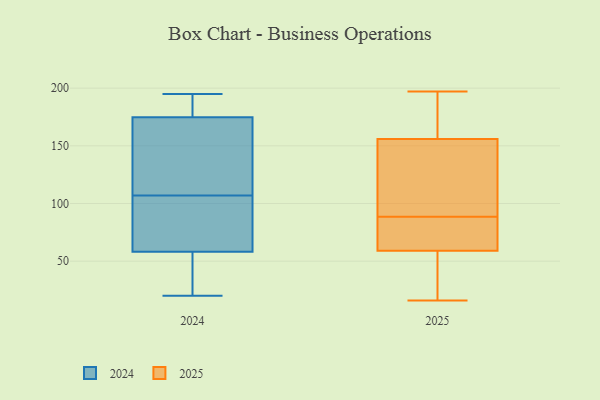
{"axis": {"x": "Temperature (°C)", "y": "Value"}, "legend": ["2024", "2025"], "data": [{"x": "", "y": 65, "type": "2025"}, {"x": "", "y": 197, "type": "2025"}, {"x": "", "y": 177, "type": "2025"}, {"x": "", "y": 77, "type": "2025"}, {"x": "", "y": 30, "type": "2025"}, {"x": "", "y": 86, "type": "2025"}, {"x": "", "y": 139, "type": "2025"}, {"x": "", "y": 59, "type": "2025"}, {"x": "", "y": 45, "type": "2025"}, {"x": "", "y": 159, "type": "2025"}, {"x": "", "y": 91, "type": "2025"}, {"x": "", "y": 123, "type": "2025"}, {"x": "", "y": 16, "type": "2025"}, {"x": "", "y": 156, "type": "2025"}, {"x": "", "y": 175, "type": "2024"}, {"x": "", "y": 62, "type": "2024"}, {"x": "", "y": 193, "type": "2024"}, {"x": "", "y": 92, "type": "2024"}, {"x": "", "y": 95, "type": "2024"}, {"x": "", "y": 195, "type": "2024"}, {"x": "", "y": 20, "type": "2024"}, {"x": "", "y": 54, "type": "2024"}, {"x": "", "y": 146, "type": "2024"}, {"x": "", "y": 157, "type": "2024"}, {"x": "", "y": 177, "type": "2024"}, {"x": "", "y": 174, "type": "2024"}, {"x": "", "y": 53, "type": "2024"}, {"x": "", "y": 107, "type": "2024"}, {"x": "", "y": 57, "type": "2024"}]}